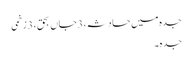
جدہ میں حادثہ، 3جاں بحق، 3 زخمی
جدہ ۔